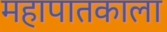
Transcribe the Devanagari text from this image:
महापातकाला